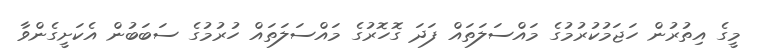
މީގެ އިތުރުން ހަޖަމުކުރުމުގެ މައްސަލަތައް ފަދަ ގޮހޮރުގެ މައްސަލަތައް ހުރުމުގެ ސަބަބުން އެކަށީގެންވާ